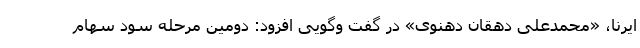
ایرنا، «محمدعلی دهقان دهنوی» در گفت وگویی افزود: دومین مرحله سود سهام